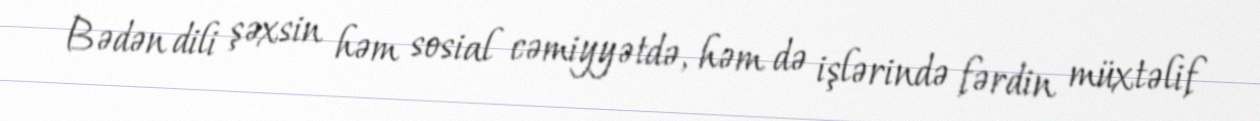
Bədən dili şəxsin həm sosial cəmiyyətdə, həm də işlərində fərdin müxtəlif